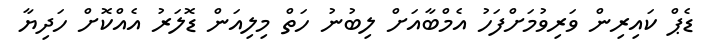
ޑެޕް ކައިރިން ވަރިވުމަށްފަހު އެމްބާއަށް ލިބުނު ހަތް މިލިއަން ޑޮލަރު އެއްކޮށް ހަދިޔާ